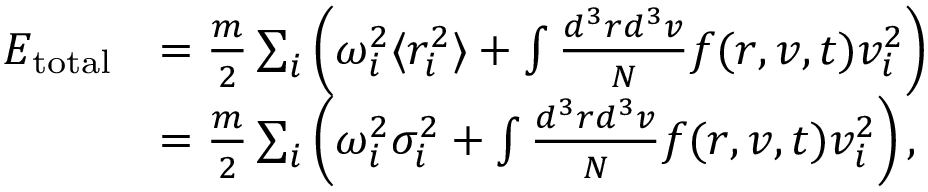
\begin{array} { r l } { E _ { \mathrm { t o t a l } } } & { = \frac { m } { 2 } \sum _ { i } \left( \omega _ { i } ^ { 2 } \langle r _ { i } ^ { 2 } \rangle + \int \frac { d ^ { 3 } r d ^ { 3 } v } { N } f ( \boldsymbol { r } , \boldsymbol { v } , t ) v _ { i } ^ { 2 } \right) } \\ & { = \frac { m } { 2 } \sum _ { i } \left( \omega _ { i } ^ { 2 } \sigma _ { i } ^ { 2 } + \int \frac { d ^ { 3 } r d ^ { 3 } v } { N } f ( \boldsymbol { r } , \boldsymbol { v } , t ) v _ { i } ^ { 2 } \right) , } \end{array}